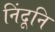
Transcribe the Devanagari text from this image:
निंदूनि